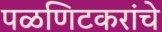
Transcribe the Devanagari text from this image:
पळणिटकरांचे